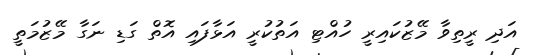
އަދި ރީތިވާ މޭޒުކައިރީ ހުއްޓި އަތުކުރީ އަޅާފައި އޮތް ގަޑި ނަގާ މޭޒުމަތީ